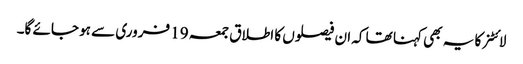
لائٹنر کا یہ بھی کہنا تھا کہ ان فیصلوں کا اطلاق جمعہ 19 فروری سے ہو جائے گا۔